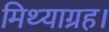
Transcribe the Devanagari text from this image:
मिथ्याग्रह।